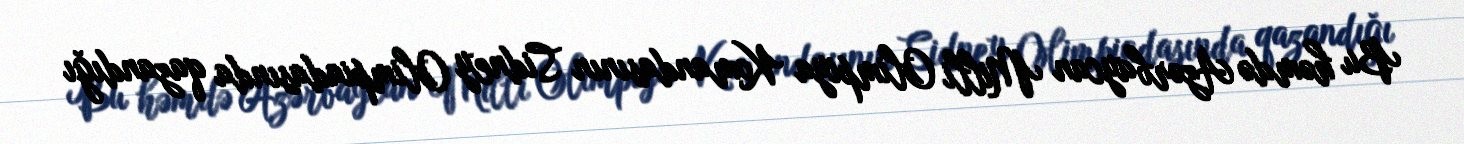
Bu həmdə Azərbaycan Milli Olimpiya Komandasının Sidney Olimpiadasında qazandığı